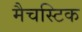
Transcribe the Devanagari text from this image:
मैचस्टिक